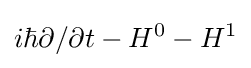
i\hbar \partial /\partial t-H^{0}-H^{1}